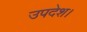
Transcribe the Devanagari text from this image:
उपदेश।